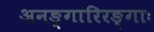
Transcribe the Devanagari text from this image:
अनङ्गारिरङ्गाः